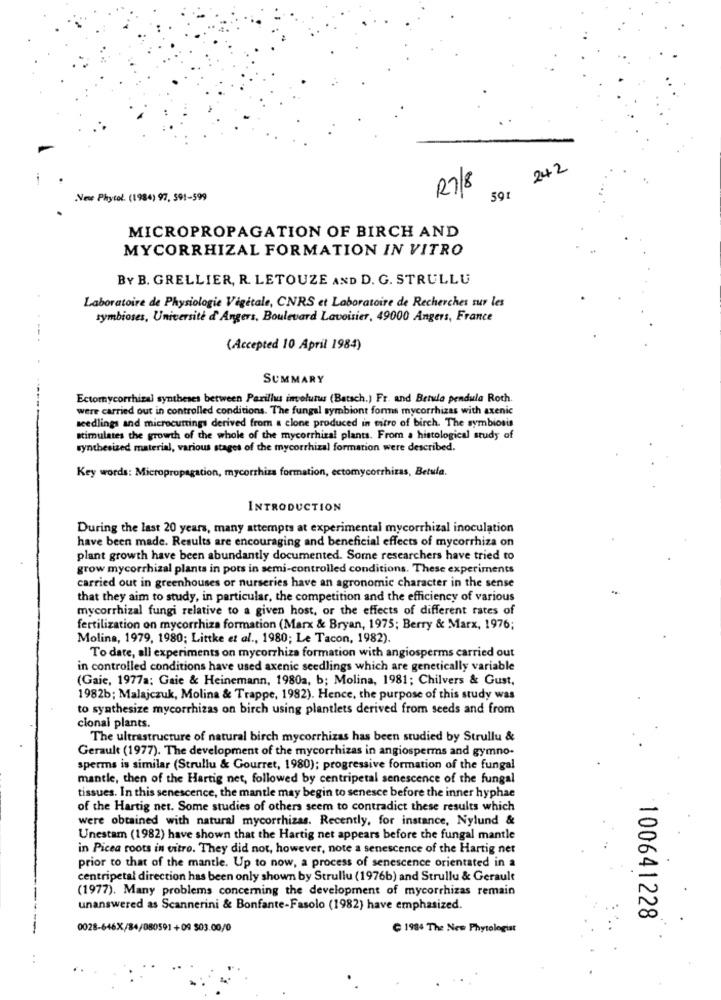
242
R7/8
Vene Phytol. (1984) 97, 591-599
591
MICROPROPAGATION OF BIRCH AND
MYCORRHIZAL FORMATION IN VITRO
BY B. GRELLIER, R. LETOUZE AND D. G. STRULLU
Laboratoire de Physiologie Vigetale, CNRS et Laboratoire de Recherches sur les
symbioses, Université d'Angers, Boulevard Lavoisier, 49000 Angers, France
(Accepted 10 April 1984)
SUMMARY
Ectomycorrhizal syntheses between Parilhu involunus (Batsch.) Fr. and Betula pendula Roth.
were carried out in controlled conditions. The fungal symbiont forms mycorrhizas with axenic
seedlings and microcuttings derived from a clone produced in vitro of birch. The symbiosis
stimulates the growth of the whole of the mycorrhizal plants. From a histological study of
synthesized material, various stages of the mycorrhizal formation were described.
Key words: Micropropagation, mycorrhiza formation, ectomycorrhizas, Betula.
INTRODUCTION
During the last 20 years, many attempts at experimental mycorrhizal inoculation
have been made. Results are encouraging and beneficial effects of mycorrhiza on
plant growth have been abundantly documented. Some researchers have tried to
grow mycorrhizal plants in pots in semi-controlled conditions. These experiments
carried out in greenhouses or nurseries have an agronomic character in the sense
that they aim to study, in particular, the competition and the efficiency of various
mycorrhizal fungi relative to a given host, or the effects of different rates of
fertilization on mycorrhiza formation (Marx & Bryan, 1975; Berry & Marx, 1976;
Molina, 1979, 1980; Littke et al ., 1980; Le Tacon, 1982).
To date, all experiments on mycorrhiza formation with angiosperms carried out
in controlled conditions have used axenic seedlings which are genetically variable
(Gaie, 1977a: Gaie & Heinemann, 1980a, b; Molina, 1981; Chilvers & Gust,
1982b; Malajczuk, Molina & Trappe, 1982). Hence, the purpose of this study was
to synthesize mycorrhizas on birch using plantlets derived from seeds and from
cional plants.
The ultrastructure of natural birch mycorrhizas has been studied by Strullu &
Gerault (1977). The development of the mycorrhizas in angiosperms and gymno-
sperms is similar (Strullu & Gourret, 1980); progressive formation of the fungal
mantle, then of the Hartig net, followed by centripetal senescence of the fungal
tissues. In this senescence, the mantle may begin to senesce before the inner hyphae
of the Hartig net. Some studies of others seem to contradict these results which
were obtained with natural mycorrhizas. Recently, for instance, Nylund &
Unestam (1982) have shown that the Hartig net appears before the fungal mantle
in Picea roots in vitro. They did not, however, note a senescence of the Hartig net
prior to that of the mantle. Up to now, a process of senescence orientated in a
centripetal direction has been only shown by Strullu (1976b) and Strullu & Gerault
(1977). Many problems concerning the development of mycorrhizas remain
unanswered as Scannerini & Bonfante-Fasolo (1982) have emphasized.
100641228
0028-646X/84/080591 +09 $03.00/0
1984 The New Phytologist